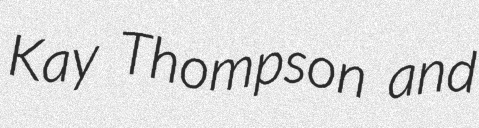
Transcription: Kay Thompson and